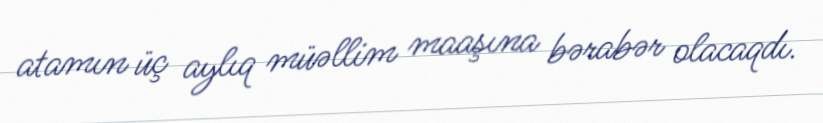
atamın üç aylıq müəllim maaşına bərabər olacaqdı.